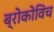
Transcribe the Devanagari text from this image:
ब्रोकोविच